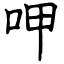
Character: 呷